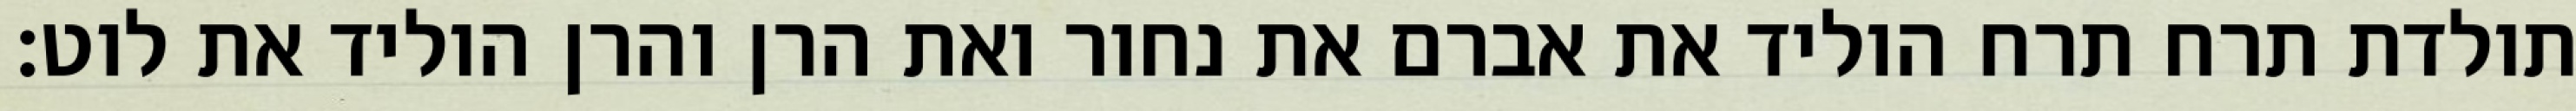
תולדת תרח תרח הוליד את אברם את נחור ואת הרן והרן הוליד את לוט׃